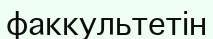
факкультетін